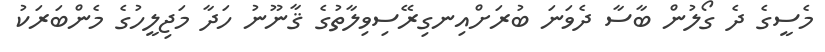
މެސީގެ ދެ ގޯލުން ބާސާ ދެވަނަ ބުރަށްއިނގިރޭސިވިލާތުގެ ޤާނޫނު ހަދާ މަޖިލީހުގެ މެންބަރަކު